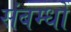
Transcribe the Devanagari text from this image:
संबम्धों